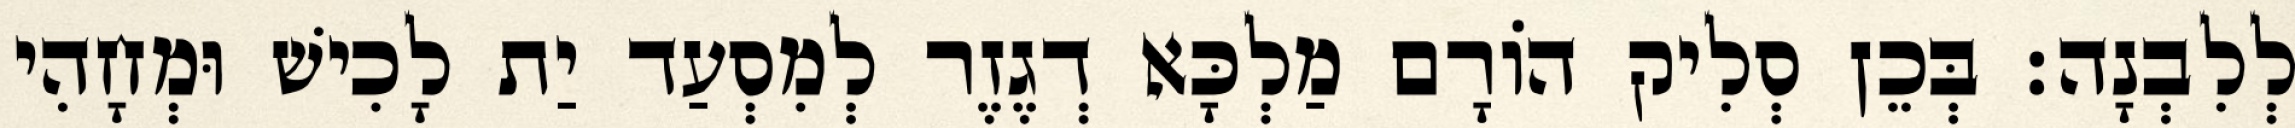
לְלִבְנָה׃ בְּכֵן סְלִיק הוֹרָם מַלְכָּא דְגֶזֶר לְמִסְעַד יַת לָכִישׁ וּמְחָהִי